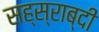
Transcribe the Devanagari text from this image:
सह्स्राब्दी